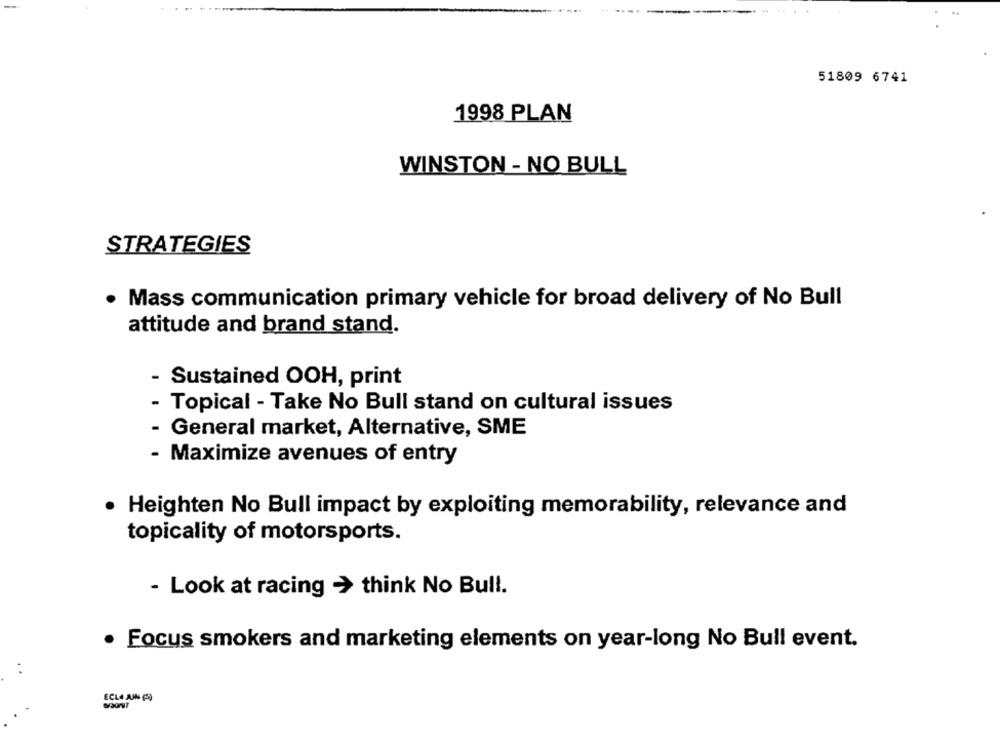
51809 6741
1998 PLAN
WINSTON - NO BULL
STRATEGIES
Mass communication primary vehicle for broad delivery of No Bull
attitude and brand stand.
Sustained OOH, print
- Topical - Take No Bull stand on cultural issues
- General market, Alternative, SME
Maximize avenues of entry
· Heighten No Bull impact by exploiting memorability, relevance and
topicality of motorsports.
- Look at racing -> think No Bull.
Focus smokers and marketing elements on year-long No Bull event.
. .
ECLA AM (S)